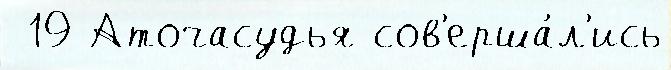
 19 Аточасудья сов'ерша́л'ись